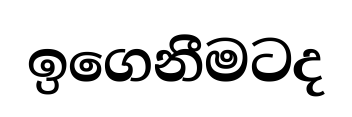
ඉගෙනීමටද